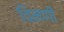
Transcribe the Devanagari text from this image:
चिमणीं